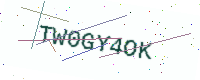
Text: TW0GY4OK